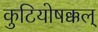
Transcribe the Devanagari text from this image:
कुटियोषक्कल्